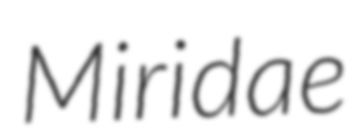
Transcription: Miridae